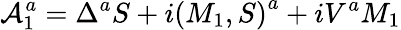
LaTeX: {\cal A}_{1}^{a}=\Delta^{a}S+i\left(M_{1},S\right)^{a}+iV^{a}M_{1}